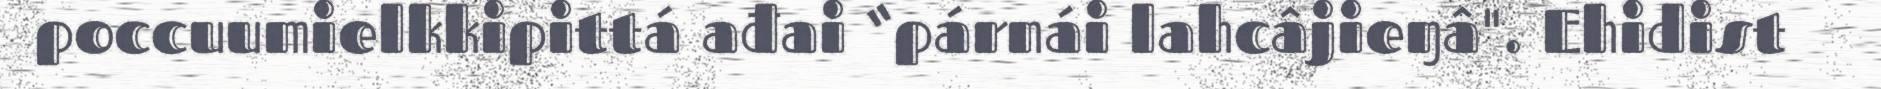
poccuumielkkipittá ađai “párnái lahcâjieŋâ". Ehidist